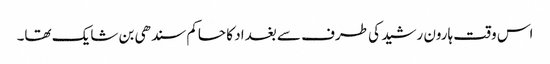
اس وقت ہارون رشید کی طرف سے بغداد کا حاکم سندھی بن شایک تھا۔